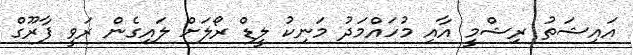
އައިޝަތު ރިޝްމީ އާއި މުހައްމަދު މަނިކު ލީޑް ރޯލަށް ލައިގެން ރަވީ ފާރޫގް